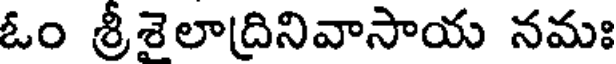
ఓం శ్రీశైలాద్రినివాసాయ నమః